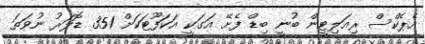
އެޕެކްސް ރިއަލިޓީން ބުނީ ބިޑް ފެށޭ އަގަކީ އަކަފޫޓަކަށް 351 ޑޮލަރު ނުވަތަ